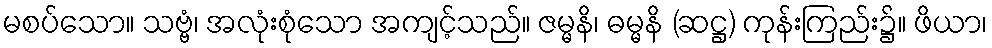
မစပ်သော။ သဗ္ဗံ၊ အလုံးစုံသော အကျင့်သည်။ ဇမ္မနိ၊ ဓမ္မနိ (ဆဋ္ဌ) ကုန်းကြည်း၌။ ဖိယာ၊